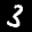
Label: 3